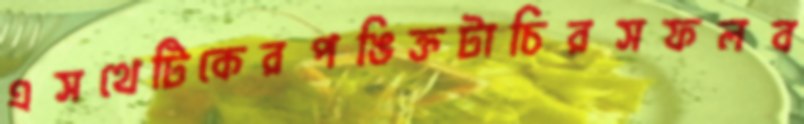
এসথেটিকেরপঙিক্তটাচিরসফলব